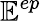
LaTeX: \mathbb E^{ep}